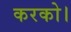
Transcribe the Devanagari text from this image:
करको।